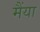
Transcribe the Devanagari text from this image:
मैंया